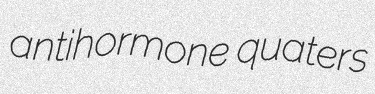
antihormone quaters